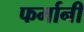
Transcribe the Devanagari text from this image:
फर्मानी